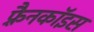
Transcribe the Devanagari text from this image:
फ़्रैनकॉइस